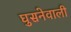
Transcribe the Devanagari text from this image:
घुसनेवाली